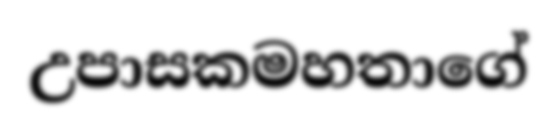
උපාසකමහතාගේ